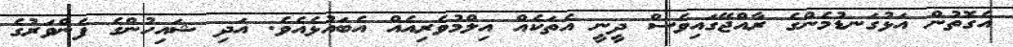
އެގޮތުން އަޅުގަނޑުމެންގެ ރާއްޖޭގައިވެސް ދީނީ އެތަކެއް އިލްމުވެރިއެއް އެބައުޅެއެވެ. އަދި ޝައިހުންގެ ފެންވަރުގެ